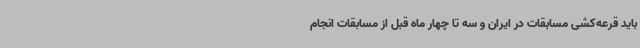
باید قرعه‌کشی مسابقات در ایران و سه تا چهار ماه قبل از مسابقات انجام